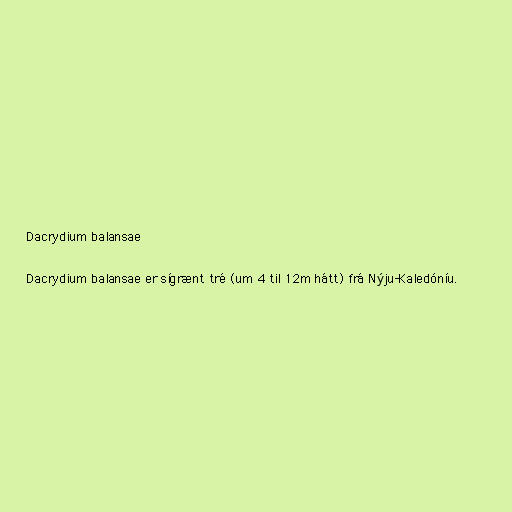
Dacrydium balansae

Dacrydium balansae er sígrænt tré (um 4 til 12m hátt) frá Nýju-Kaledóníu.